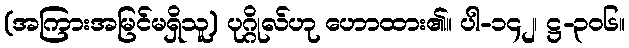
(အကြားအမြင်မရှိသူ) ပုဂ္ဂိုလ်ဟု ဟောထား၏။ ပါ-၁၄၂၊ ဋ္ဌ-၃၀၆။